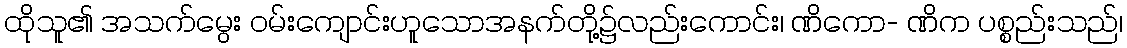
ထိုသူ၏ အသက်မွေး ဝမ်းကျောင်းဟူသောအနက်တို့၌လည်းကောင်း၊ ဏိကော- ဏိက ပစ္စည်းသည်၊